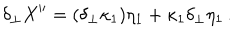
\delta _ { \perp } X ^ { \prime \prime } = ( \delta _ { \perp } \kappa _ { 1 } ) \eta _ { 1 } + \kappa _ { 1 } \delta _ { \perp } \eta _ { 1 } \, .